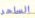
الساحر